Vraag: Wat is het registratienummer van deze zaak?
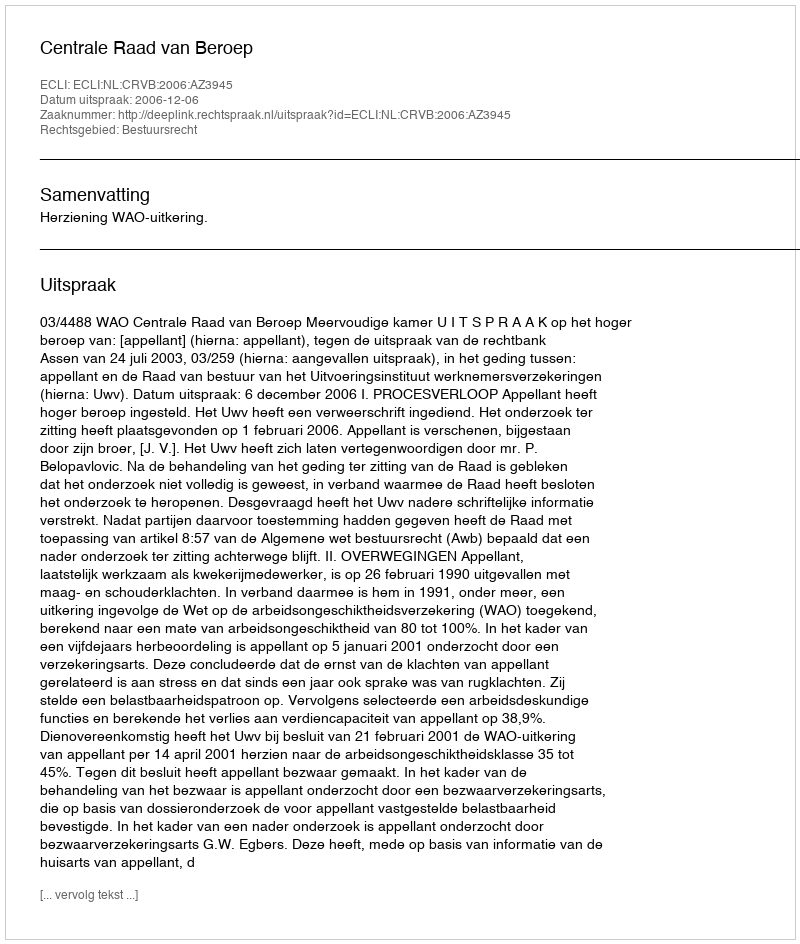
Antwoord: http://deeplink.rechtspraak.nl/uitspraak?id=ECLI:NL:CRVB:2006:AZ3945